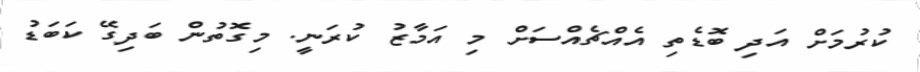
ކުރުމަށް އަދި ބޮޑެތި އެއްޗެއްސަށް މި އަމާޒު ކުރަނީ. މިގޮތުން ބަދިގޭ ކަބަޑު